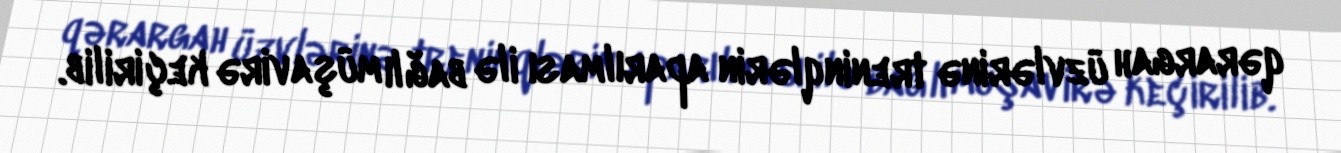
qərargah üzvlərinə treninqlərin aparılması ilə bağlı müşavirə keçirilib.